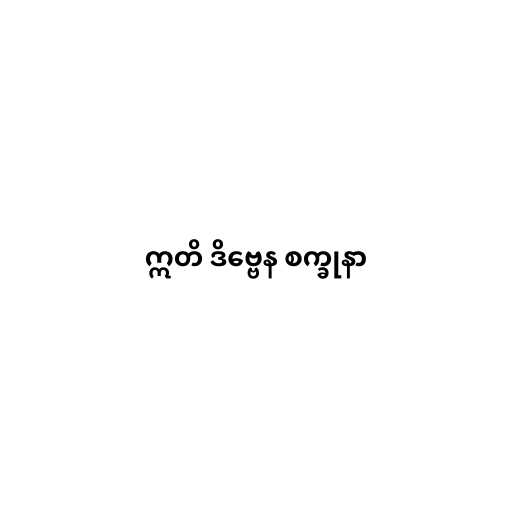
ဣတိ ဒိဗ္ဗေန စက္ခုနာ